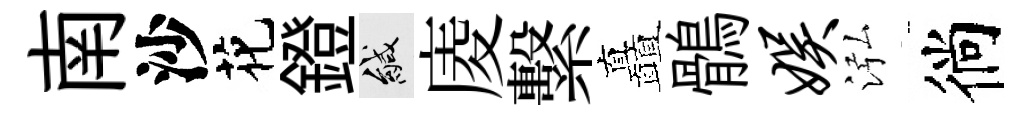
南沙花鐙緘庱繫矗鶻娱泓徜